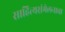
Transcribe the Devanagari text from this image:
साहित्यसंमेलनाचा